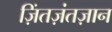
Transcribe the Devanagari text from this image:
ज़िंतज़ंतज़ान